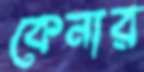
কেনার